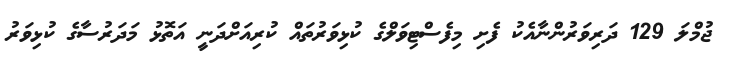
ޖުމްލަ 129 ދަރިވަރުންނާއެކު ފެށި މިފެސްޓިވަލްގެ ކުޅިވަރުތައް ކުރިއަށްދަނީ އަތޮޅު މަދަރުސާގެ ކުޅިވަރު